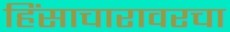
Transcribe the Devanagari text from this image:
हिंसाचारावरचा